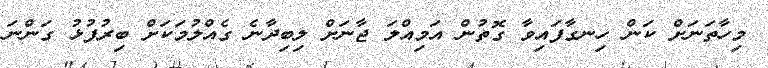
މިހާތަނަށް ކަން ހިނގާފައިވާ ގޮތުން އަމިއްލަ ޖާނަށް ލިބިދާނެ ގެއްލުމަކަށް ބިރުފުޅު ގަންނަ